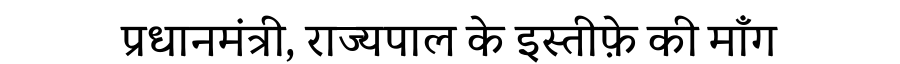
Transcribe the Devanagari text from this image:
प्रधानमंत्री, राज्यपाल के इस्तीफ़े की माँग